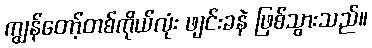
ကျွန်တော့်တစ်ကိုယ်လုံး ဖျင်းခနဲ ဖြစ်သွားသည်။